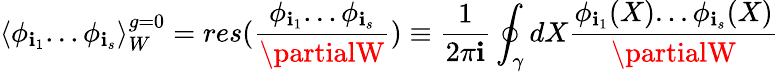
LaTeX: \langle\phi_{\mathbf{i}_{1}}...\phi_{\mathbf{i}_{s}}\rangle_{W}^{g=0}=res(\frac{{\phi_{\mathbf{i}_{1}}...\phi_{\mathbf{i}_{s}}}}{{\partialW}})\equiv\frac{{1}}{{2\pi\mathbf{i}}}\oint_{\gamma}dX\frac{{\phi_{\mathbf{i}_{1}}(X)...\phi_{\mathbf{i}_{s}}(X)}}{{\partialW}}